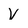
Character: V